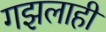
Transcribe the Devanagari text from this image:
गझलाही